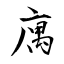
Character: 庽